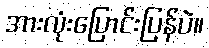
အားလုံးပြောင်းပြန်ပဲ။